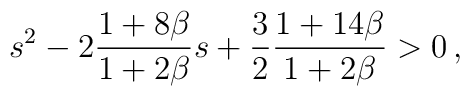
s^2-2\frac{1+8\beta}{1+2\beta}s+\frac{3}{2}\frac{1+14\beta}{1+2\beta}>0\,,